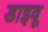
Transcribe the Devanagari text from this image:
डाइवू